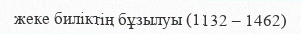
жеке биліктің бұзылуы (1132 – 1462)